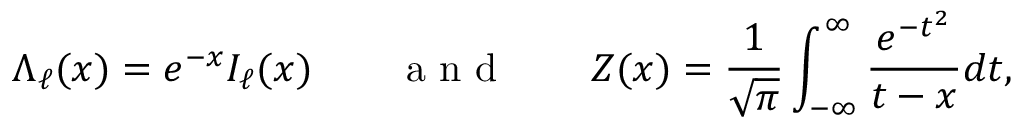
\Lambda _ { \ell } ( x ) = e ^ { - x } I _ { \ell } ( x ) \qquad \mathrm { ~ a ~ n ~ d ~ } \qquad Z ( x ) = \frac { 1 } { \sqrt { \pi } } \int _ { - \infty } ^ { \infty } \frac { e ^ { - t ^ { 2 } } } { t - x } d t ,